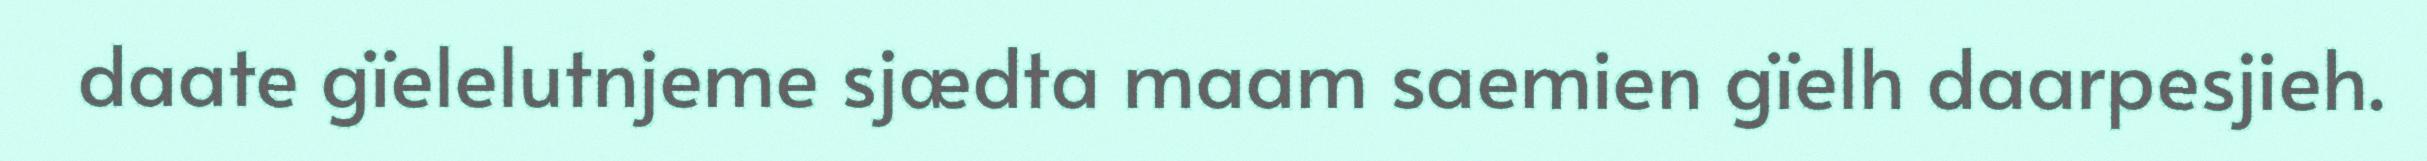
daate gïelelutnjeme sjædta maam saemien gïelh daarpesjieh.